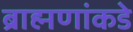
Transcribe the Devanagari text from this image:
ब्राह्मणांकडे